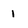
Character: 1